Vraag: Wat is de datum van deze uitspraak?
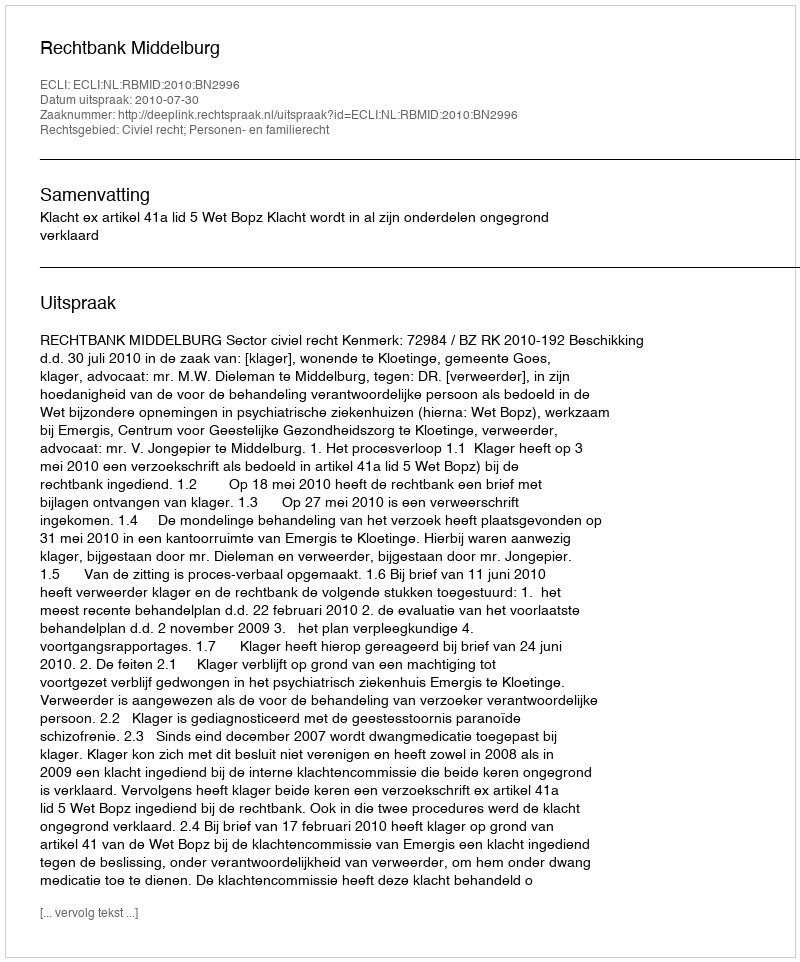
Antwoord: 2010-07-30